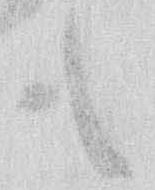
も